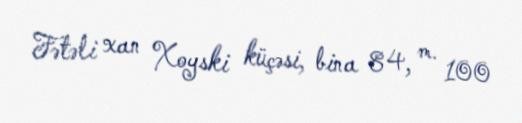
Fətəli xan Xoyski küçəsi, bina 84, m. 100